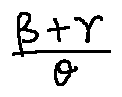
\frac { \beta + \gamma } { \theta }